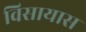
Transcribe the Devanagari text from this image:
विसायास